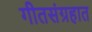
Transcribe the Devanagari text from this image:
गीतसंग्रहात